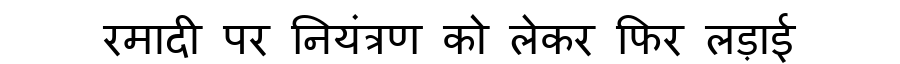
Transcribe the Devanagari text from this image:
रमादी पर नियंत्रण को लेकर फिर लड़ाई